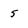
Character: 5